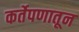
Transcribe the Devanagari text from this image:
कर्तेपणातून